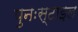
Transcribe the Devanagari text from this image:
पुनःस्टाइल